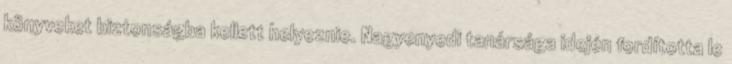
könyveket biztonságba kellett helyeznie. Nagyenyedi tanársága idején fordította le